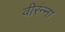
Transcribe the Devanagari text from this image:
वीरंन्ना